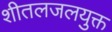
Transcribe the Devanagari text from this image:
शीतलजलयुक्त